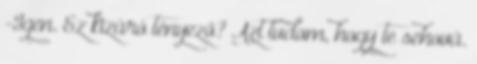
-Igen. Ez kizáró tényező? Azt tudom, hogy te sehová.